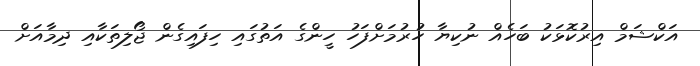
އަކްޝަމް އިރުކޮޅަކު ބަހެއް ނުކިޔާ ހުރުމަށްފަހު ހީންގެ އަތުގައި ހިފައިގެން ޖޯލިތަކާއި ދިމާއަށް